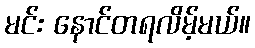
မင်း နောင်တရလိမ့်မယ်။